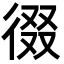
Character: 𭛶